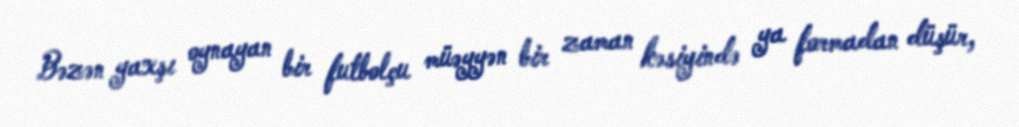
Bəzən yaxşı oynayan bir futbolçu müəyyən bir zaman kəsiyində ya formadan düşür,